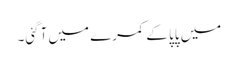
میں پاپا کے کمرے میں آگئی۔